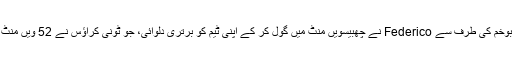
اس میچ میں بوخم کی طرف سے Federico نے چھبیسویں منٹ میں گول کر کے اپنی ٹیم کو برتری دلوائی، جو ٹونی کراؤس نے 52 ویں منٹ میں ختم کی۔